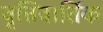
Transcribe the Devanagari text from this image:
वृत्तिवार्तिक